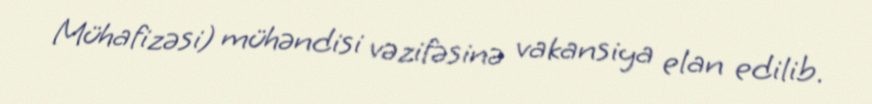
Mühafizəsi) mühəndisi vəzifəsinə vakansiya elan edilib.